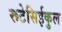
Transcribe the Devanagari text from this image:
रूटेसिईकुल